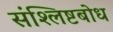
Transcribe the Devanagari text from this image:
संश्लिष्टबोध